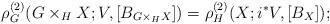
LaTeX: \begin{align*}\rho^{(2)}_G(G \times_H X; V,[B_{G \times_H X}]) = \rho^{(2)}_H(X; i^*V,[B_{ X}]);\end{align*}